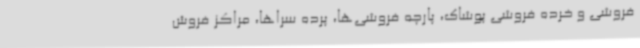
فروشی و خرده فروشی پوشاک، پارچه فروشی‌ها، پرده سراها، مراکز فروش